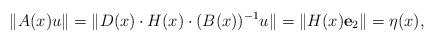
LaTeX: \begin{align*}\|A(x)u\|=\|D(x)\cdot H(x)\cdot (B(x))\sp{-1}u\|=\|H(x)\mathbf e_2\|=\eta(x),\end{align*}